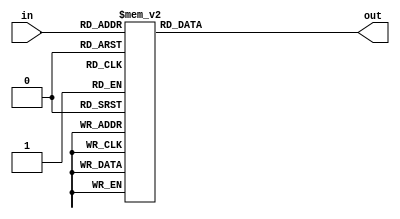
module gf9(in,out);
input [3:0] in;
output [3:0] out;
reg [3:0]out;
always@(in)
begin
case(in)
4'b0000:out=4'h0;
4'b0001:out=4'h9;
4'b0010:out=4'h1;
4'b0011:out=4'h8;
4'b0100:out=4'h2;
4'b0101:out=4'hb;
4'b0110:out=4'h3;
4'b0111:out=4'ha;
4'b1000:out=4'h4;
4'b1001:out=4'hd;
4'b1010:out=4'h5;
4'b1011:out=4'hc;
4'b1100:out=4'h6;
4'b1101:out=4'hf;
4'b1110:out=4'h7;
4'b1111:out=4'he;
endcase
end
endmodule